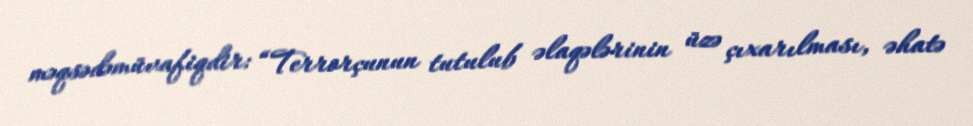
məqsədəmüvafiqdir: “Terrorçunun tutulub əlaqələrinin üzə çıxarılması, əhatə